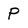
Character: P